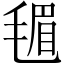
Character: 𪵟